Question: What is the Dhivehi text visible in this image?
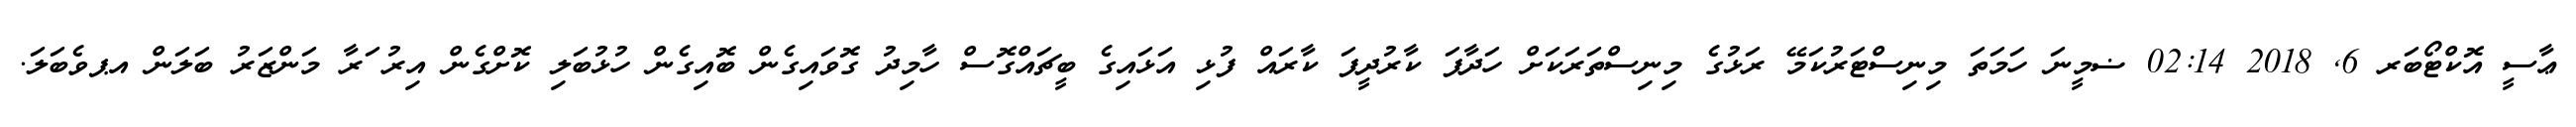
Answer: ޢާސީ އޮކްޓޯބަރ 6, 2018 02:14 ޟމީނަ ހަމަތަ މިނިސްޓަރުކަމޭ ރަޅުގެ މިނިސްތަރަކަށް ހަދާފަ ކާރުދީފަ ކާރައް ފުޅި އަޅައިގެ ބީޗައްގޮސް ހާމިދު ގޮވައިގެން ބޮއިގެން ހުޅުބަލި ކޮށްގެން އިރު ަރާ މަންޒަރު ބަލަން އޕވެބަލަ.